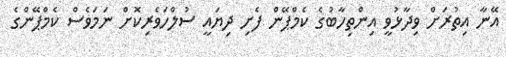
އޭނާ އިތުރަށް ވިދާޅުވީ އިންތިހާބުގެ ކެމްޕޭން ފެށި ދިޔައީ ސުލްހަވެރިކޮށް ނަމަވެސް ކެމްޕޭންގެ